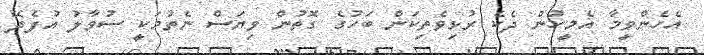
އެހެންވީމާ އެމީހުން ދެކެ ރުޅިވެތިކަން ބަހުގެ ގޮތުން ވިޔަސް ނެތުމަކީ ސުވާލު އުފެދޭ